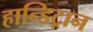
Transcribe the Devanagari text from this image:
हान्डिट्रान